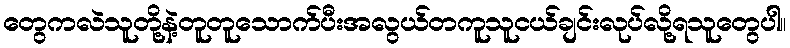
တွေကလဲသူတို့နဲ့တူတူသောက်ပီးအလွယ်တကူသူငယ်ချင်းလုပ်လို့ရသူတွေပါ။